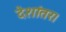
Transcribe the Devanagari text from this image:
देशांतर।